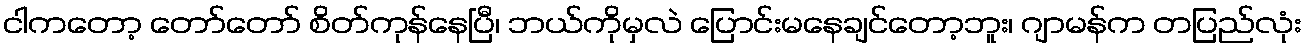
ငါကတော့ တော်တော် စိတ်ကုန်နေပြီ၊ ဘယ်ကိုမှလဲ ပြောင်းမနေချင်တော့ဘူး၊ ဂျာမန်က တပြည်လုံး